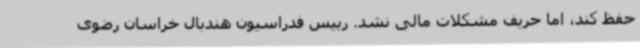
حفظ کند، اما حریف مشکلات مالی نشد. رییس فدراسیون هندبال خراسان رضوی